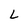
Character: L